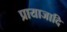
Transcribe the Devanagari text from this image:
प्रायाजादि